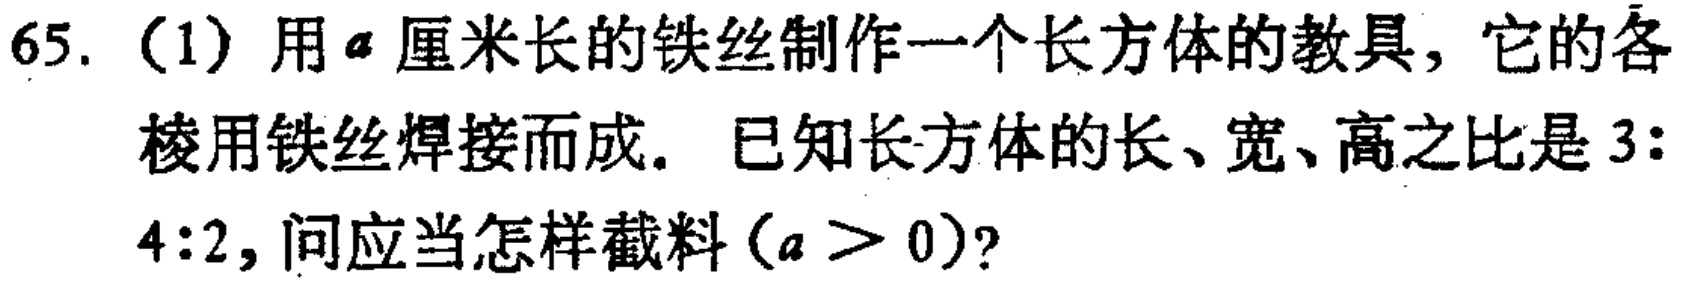
65.（1）用\(a\)厘米长的铁丝制作一个长方体的教具，它的各棱用铁丝焊接而成。已知长方体的长、宽、高之比是\(3\colon4\colon2\)，问应当怎样截料（\(a > 0\)）?